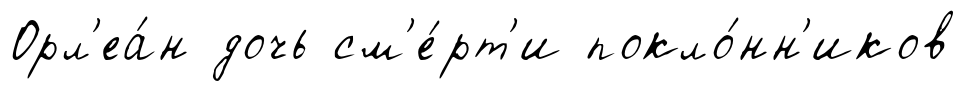
Орл'еа́н дочь см'е́рт'и покло́нн'иков